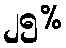
၂၅%